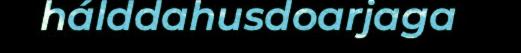
hálddahusdoarjaga